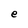
Character: e